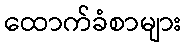
ထောက်ခံစာများ